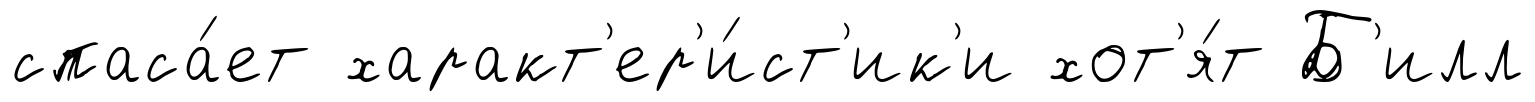
спаса́ет характ'ер'и́ст'ик'и хот'я́т Б'илл